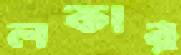
লকার